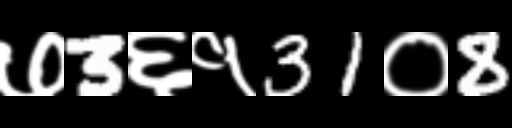
Text: ७3६१31०8